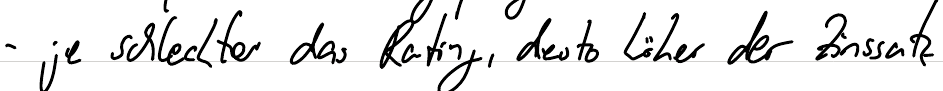
- je schlechter das Rating, desto höher der Zinssatz